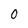
Character: 0